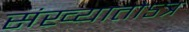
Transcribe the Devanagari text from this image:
संख्यातोऽत्र